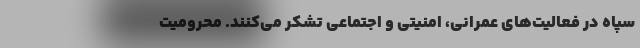
سپاه در فعالیت‌های عمرانی، امنیتی و اجتماعی تشکر می‌کنند. محرومیت